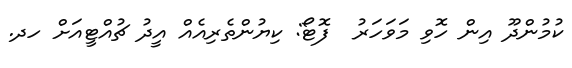
ކުމުންދޫ އިން ހޮވި މަވަހަރު  ފޮޓޯ: ކިޔުންތެރިއެއް އީދު ޗުއްޓީއަށް ހދ.